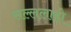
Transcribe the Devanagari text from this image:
सल्ललाहो